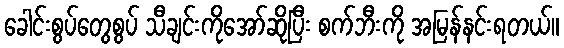
ခေါင်းစွပ်တွေစွပ် သီချင်းကိုအော်ဆိုပြီး စက်ဘီးကို အမြန်နင်းရတယ်။